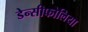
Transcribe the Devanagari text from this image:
डेन्सीफोलिया